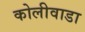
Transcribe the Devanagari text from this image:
कोलीवाडा